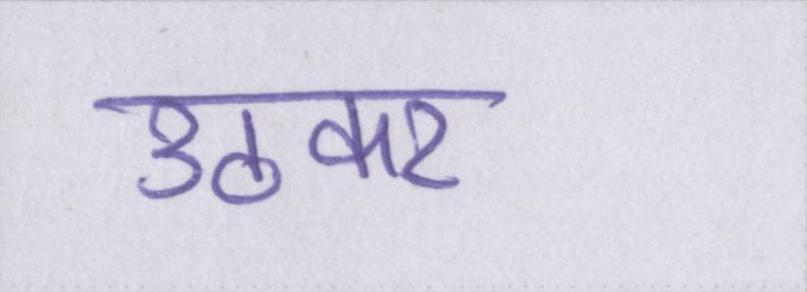
उठकर